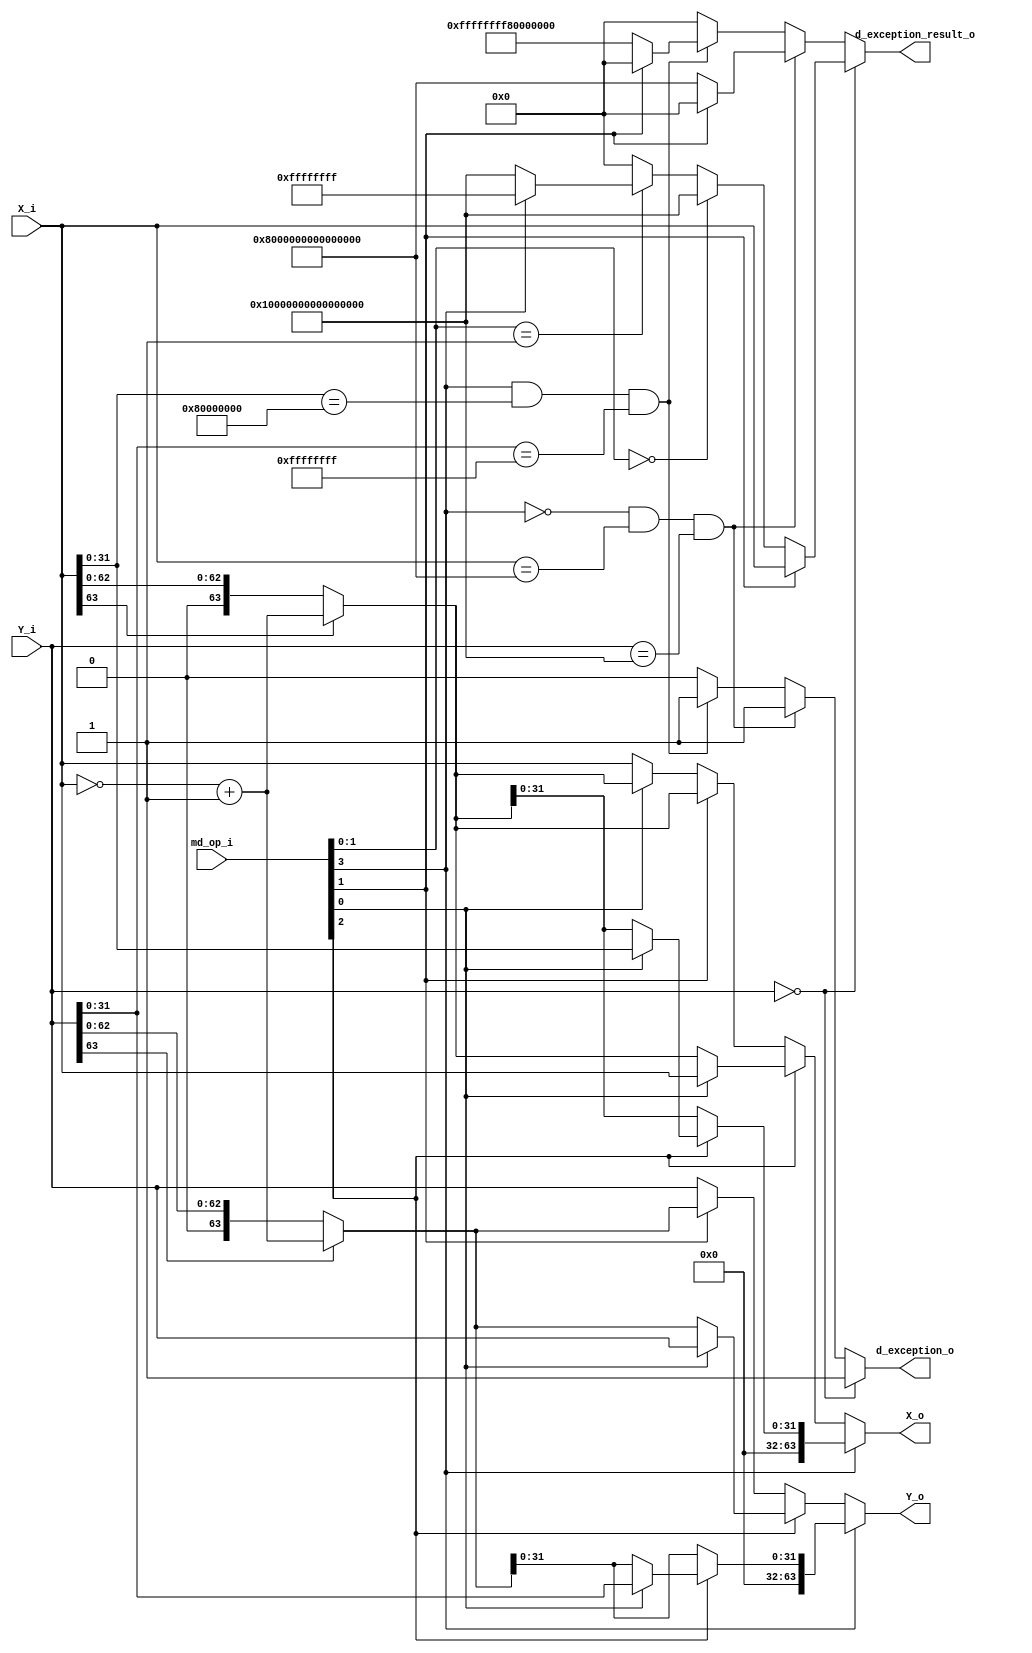
`timescale 1ns / 1ps

module MD_in(
    input [63:0] X_i,
    input [63:0] Y_i,
    input [3:0] md_op_i,
   
    output [63:0] X_o,
    output [63:0] Y_o,
    
    output reg [63:0] d_exception_result_o,
    output reg d_exception_o
	);

    
    wire [63:0] X_2C, Y_2C;           // 2's complemented operands
    wire [63:0] X_US, Y_US;           // unsigned version of the signed operands
    wire [31:0] X_32, Y_32;           // 32-bit operands for the *W instructions
    
    
    ////////////////////////////////////////////////////////////////////////////////////////
    ////////////////////////////////////////////////////////////////////////////////////////
    
    // 2's Complemented operands assignemnt
    assign X_2C = ~X_i + 1;
    assign Y_2C = ~Y_i + 1;

    // unsigned Operands
    assign X_US = X_i[63] ? X_2C : X_i;
    assign Y_US = Y_i[63] ? X_2C : Y_i;

    // output assignment w.r.t. current instruction
    assign X_o = md_op_i[3] ?
    (md_op_i[2] ? (md_op_i[0] ? {32'd0, X_i[31:0]} : {32'd0, X_US[31:0]}) : {32'd0, X_US[31:0]}) :
    (md_op_i[2] ? (md_op_i[0] ? X_i : X_US) : 
    (md_op_i[1] ? (md_op_i[0] ? X_US : X_US) : (md_op_i[0] ? X_US: X_i)));
    
    assign Y_o = md_op_i[3] ?
    (md_op_i[2] ? (md_op_i[0] ? {32'd0, Y_i[31:0]} : {32'd0, Y_US[31:0]}) : {32'd0, Y_US[31:0]}) :
    (md_op_i[2] ? (md_op_i[0] ? Y_i : Y_US) : 
    (md_op_i[1] ? Y_US : Y_i));
	
	always @* begin	
        if(Y_i == 64'd0) begin
            d_exception_o = 1'b1;
            if(md_op_i[1] == 2'b1)
                d_exception_result_o = X_i;
            else if(md_op_i[1:0] == 2'b00)
                d_exception_result_o <= -64'd1;
            else if(md_op_i[1:0] == 2'b01) begin
                if(md_op_i[3] == 1'b1) begin
                    d_exception_result_o = 64'h00000000ffffffff;
                end else begin
                    d_exception_result_o = -64'd1;            
                end
            end
            else begin
                d_exception_result_o = 64'd0;
            end                                  
        end
        else if((md_op_i[3] == 1'b0) && (X_i == 64'h8000000000000000) && (Y_i == -64'd1)) begin
            d_exception_o = 1'b1;
            if(md_op_i[1] == 1'b0)
                d_exception_result_o = 64'h8000000000000000; 
            else begin
                d_exception_result_o = 64'd0;  
            end
        end
        else if((md_op_i[3] == 1'b1) && (X_i[31:0] == 32'h80000000) && (Y_i[31:0] == -32'd1)) begin
            d_exception_o = 1'b1;
            if(md_op_i[1] == 1'b0)
                d_exception_result_o = 64'hffffffff80000000; 
            else 
                d_exception_result_o = 64'd0; 
        end
        else begin
            d_exception_o = 1'b0;
            d_exception_result_o = 63'd0;    
        end
    end                                                 
endmodule